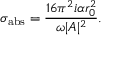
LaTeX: \sigma _ { \mathrm { a b s } } = { \frac { 1 6 \pi ^ { 2 } i \alpha r _ { 0 } ^ { 2 } } { \omega | A | ^ { 2 } } } .